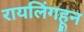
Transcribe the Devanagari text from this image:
रायलिंगहून